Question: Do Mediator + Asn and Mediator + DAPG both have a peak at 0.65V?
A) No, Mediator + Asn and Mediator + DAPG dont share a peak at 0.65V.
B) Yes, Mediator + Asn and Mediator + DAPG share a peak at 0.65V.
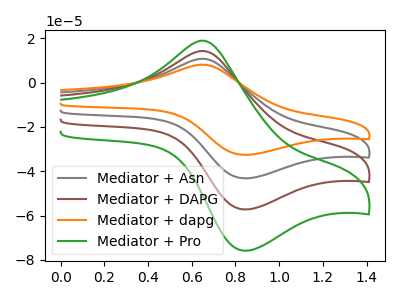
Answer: <think>The gray curve "Mediator + Asn" has an anodic peak at (0.65V, 28.55uA) and a cathodic peak at (0.85V, -114.40uA). The brown curve "Mediator + DAPG" has an anodic peak at (0.65V, 14.30uA) and a cathodic peak at (0.85V, -57.20uA). The orange curve "Mediator + dapg" has an anodic peak at (0.65V, 42.85uA) and a cathodic peak at (0.85V, -171.60uA). The green curve "Mediator + Pro" has an anodic peak at (0.65V, 18.90uA) and a cathodic peak at (0.85V, -75.80uA).</think>
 <answer>B) Yes, "Mediator + Asn" and "Mediator + DAPG" share a peak at 0.65V.</answer>
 <eval>B</eval>